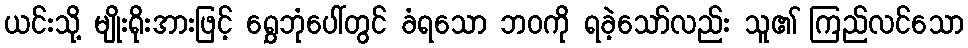
ယင်းသို့ မျိုးရိုးအားဖြင့် ရွှေဘုံပေါ်တွင် ခံရသော ဘဝကို ရခဲ့သော်လည်း သူ၏ ကြည်လင်သော